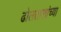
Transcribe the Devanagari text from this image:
ढोलताशांच्या